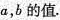
a，b的值.